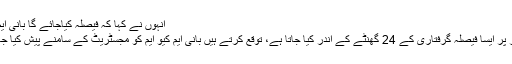
انہوں نے کہا کہ فیصلہ کیاجائے گا بانی ایم کیو ایم کو کن الزامات کا سامنا کرنا ہوگا، توقع
کرتے ہیں یہ پیش رفت بہت جلد ہوگی، عام طور پر ایسا فیصلہ گرفتاری کے 24 گھنٹے کے اندر کیا جاتا ہے، توقع کرتے ہیں بانی ایم کیو ایم کو مجسٹریٹ کے سامنے پیش کیا جائےگا اور پیشی کے بعد کارروائی کا آغاز ہوگا۔